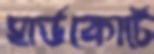
হার্ডকোর্টে